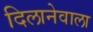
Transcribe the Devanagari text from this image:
दिलानेवाला